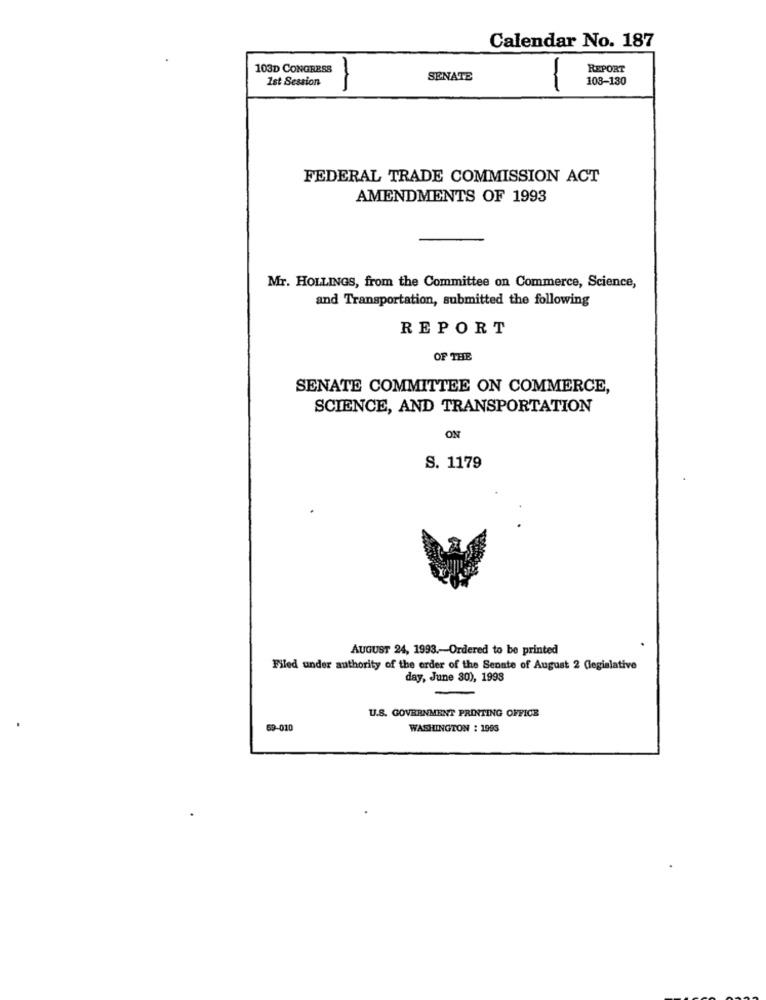
Calendar No. 187
103D CONGRESS
REPORT
1st Session
SENATE
103-130
FEDERAL TRADE COMMISSION ACT
AMENDMENTS OF 1993
Mr. HOLLINGS, from the Committee on Commerce, Science,
and Transportation, submitted the following
REPORT
OF THE
SENATE COMMITTEE ON COMMERCE,
SCIENCE, AND TRANSPORTATION
ON
S. 1179
AUGUST 24, 1993 .- Ordered to be printed
Filed under authority of the order of the Senate of August 2 Glegislative
day, June 30), 1993
U.S. GOVERNMENT PRINTING OFFICE
69-010
WASHINGTON : 1906